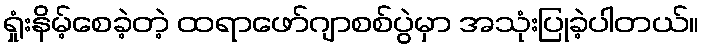
ရှုံးနိမ့်စေခဲ့တဲ့ ထရာဖော်ဂျာစစ်ပွဲမှာ အသုံးပြုခဲ့ပါတယ်။